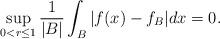
LaTeX: \begin{align*}\sup_{0<r\leq 1}\frac{1}{|B|}\int_{B}|f(x)-f_{B}|dx=0.\end{align*}